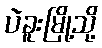
ပဲခူးမြို့သို့